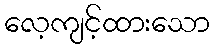
လေ့ကျင့်ထားသော